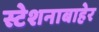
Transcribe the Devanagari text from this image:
स्टेशनाबाहेर